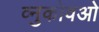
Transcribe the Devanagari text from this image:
व्नुकोवओ